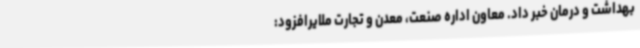
بهداشت و درمان خبر داد. معاون اداره صنعت، معدن و تجارت ملایرافزود: